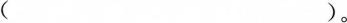
（）。